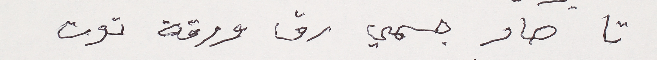
تا صار جسمي رق ورقة توت